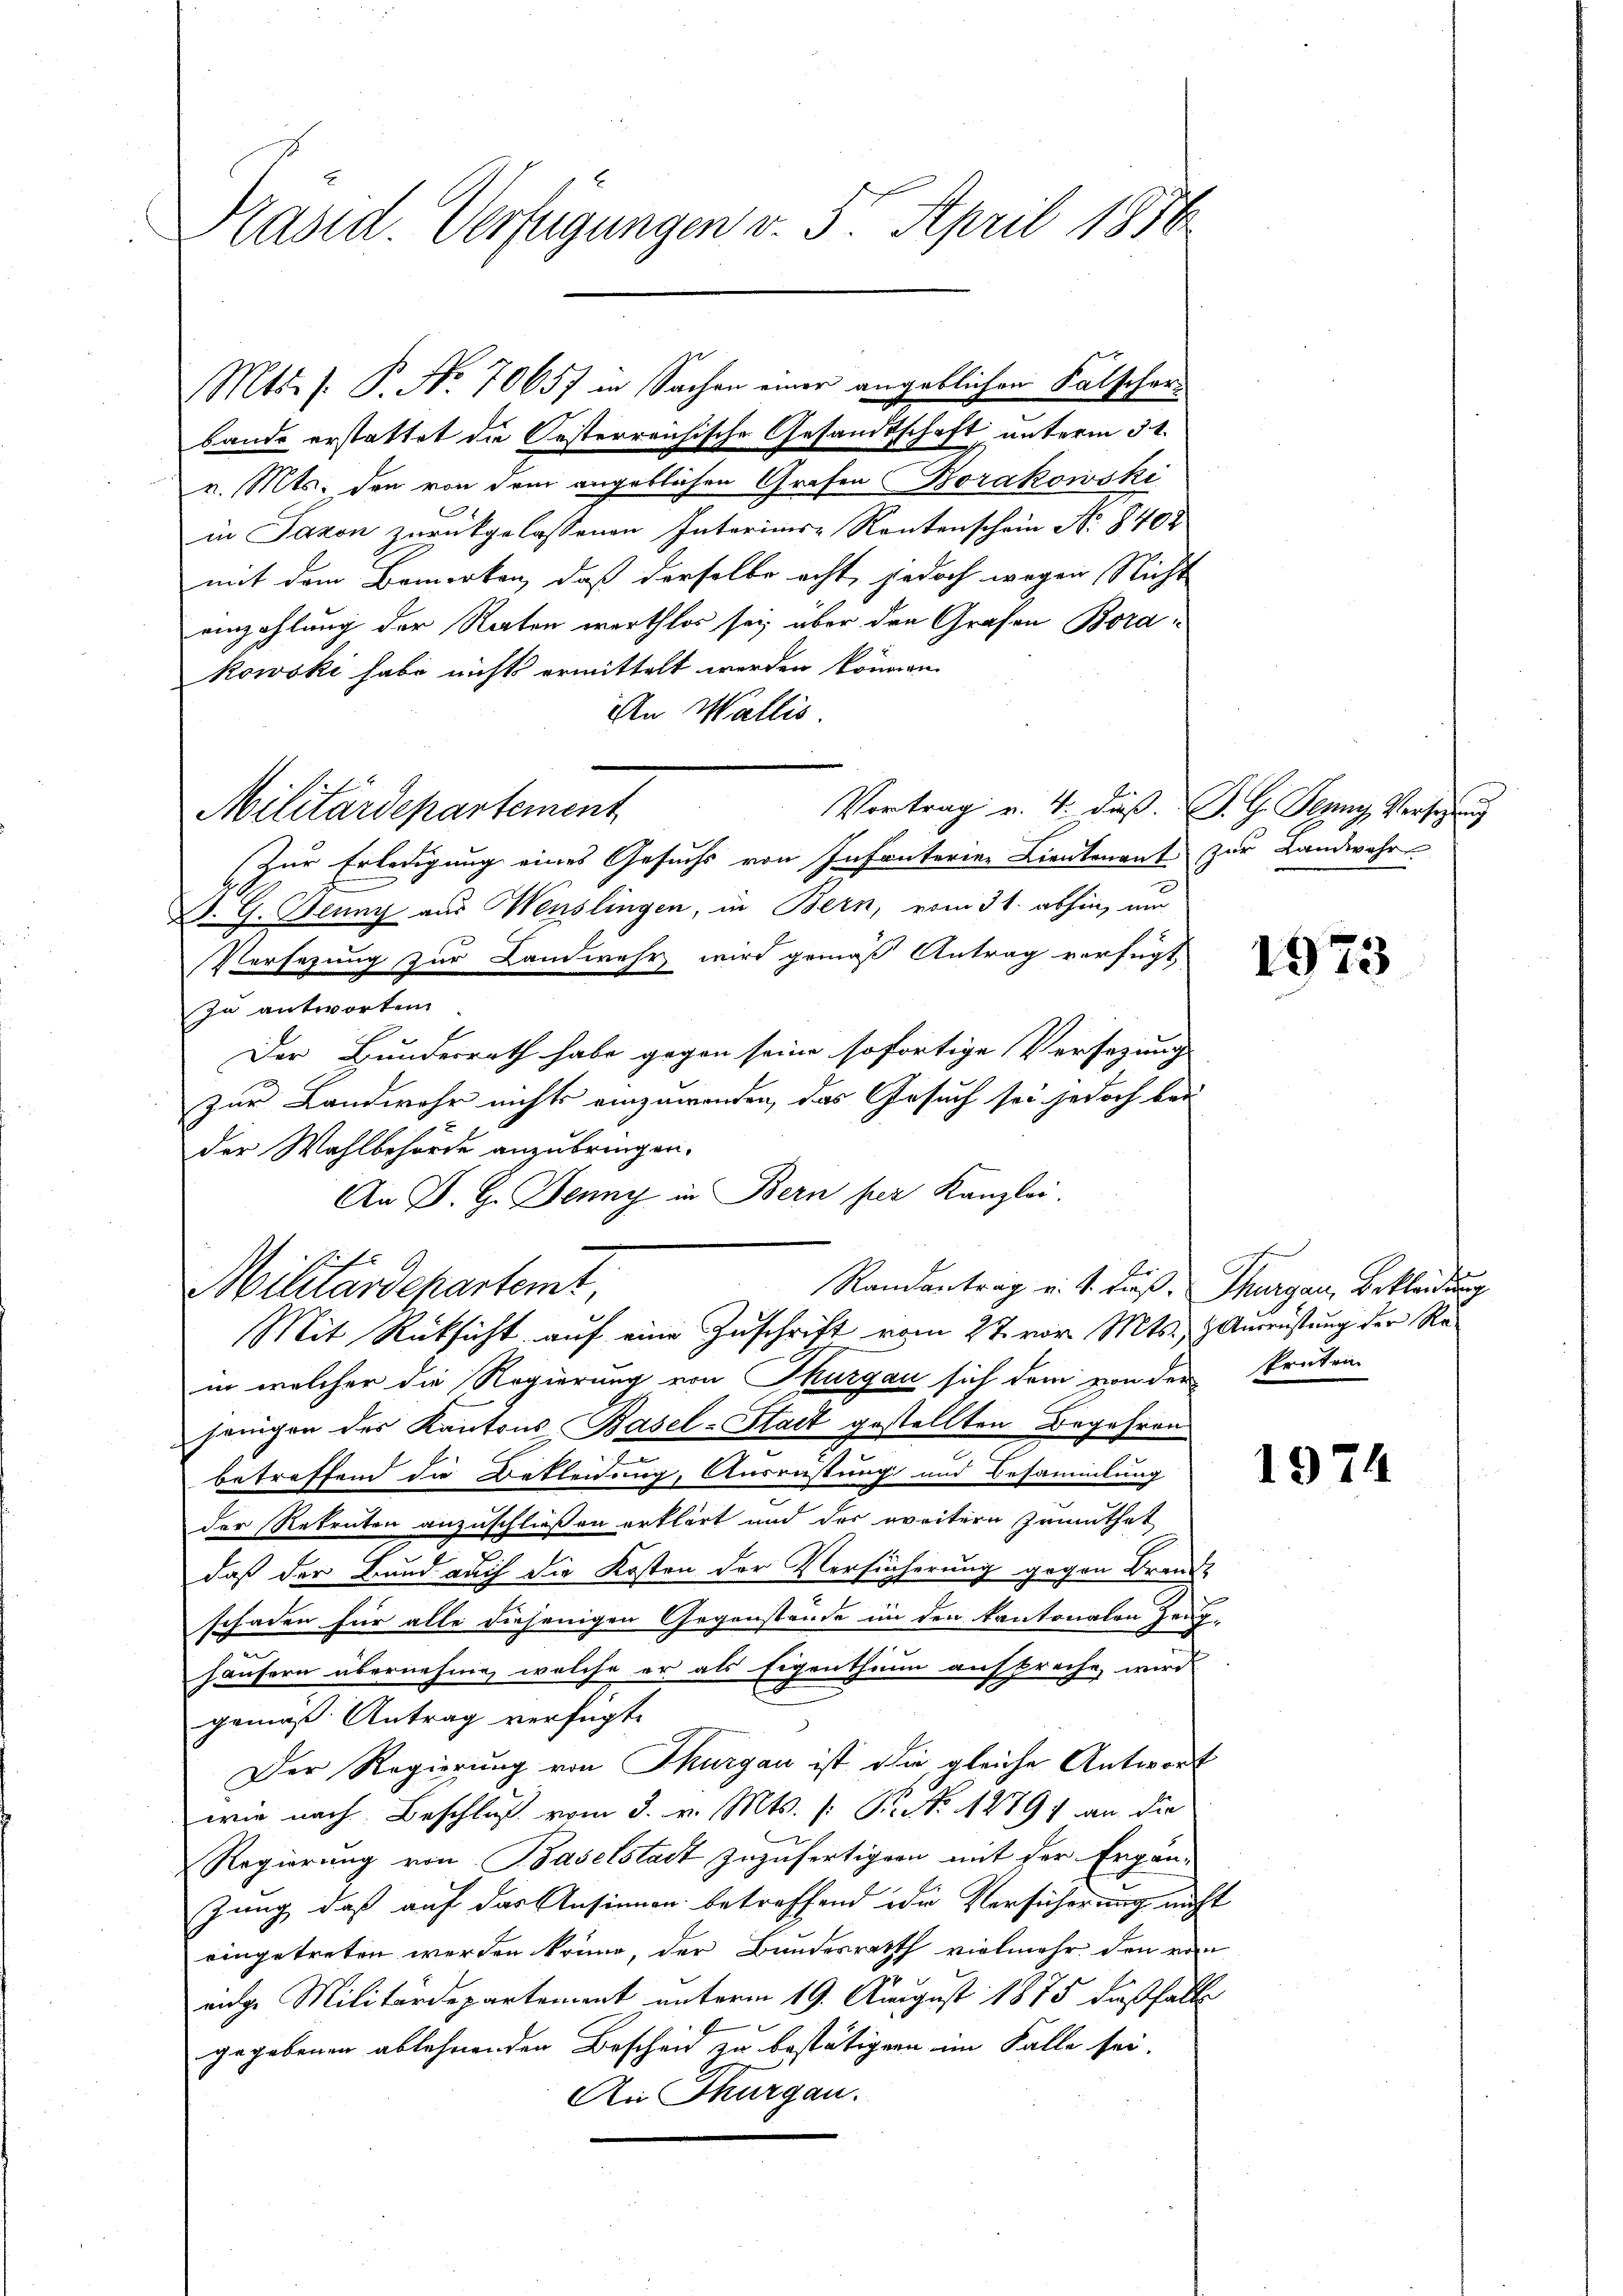
Präsid. Verfügungen v. 5. April 1876

bande erstattet die Oesterreichische Gesandtschaft, unterm 31.
v. Mts., den von dem angeblichen Grafen Borakowski
in Jaron zurückgelassenen Interims-Rentenschein No 840
mit dem Bemerken, daß derselbe acht, jedoch wegen Nicht
einzahlung der Raten werthlos sei, über den Grafen Borakowski habe nichts ermittelt werden können.
An Wallis
Vortrag v. 4. daß J. G. Jenny, Versezung
Militärdepartement
Zur Erledigung eines Gesuchs von Infanterien Lieutenant zur Landwehr
B. G. Jenny aus Wenslingen, in Bern, vom 31. abhin, um
Versezung zur Landwehr wird gemäß Antrag verfügt,
zu antworten
Der Bundesrath habe gegen seine sofortige Versezung
zur Landwehr nichts einzuwenden, das Gesuch sei jedoch bei
der Wahlbehörde anzubringen.
An P. G. Jenny in Bern per Kanzlei.
2fr
Randantrag v. J. dieß. Thurgau, Bekleidung
Militardepartemt,
Mit Rücksicht auf eine Zuschrift vom 27. vor. Mts., Ausrüstung der Rein welcher die Regierung von Thurgau sich dem von der kruten
jenigen der Kantons Basel-Stadt gestellten Begehren
betreffend die Bekleidung, Ausrüstung und Besammlung
der Rekruten anzuschließen erklärt und der weitern Zumuthet
daß der Bund auch die Kosten der Versicherung gegen Brand-
schaden für alle diejenigen Gegenstände in den Kantonalen Zeug¬
.
häusern übernehme, welche er als Eigenthum anspreche, wird
gemäß Antrag verfügt:
Der Regierung von Thurgau ist die gleiche Antwort
wie nach Beschluß vom 3. v. Mts. (: B. No. 1889 an die
Regierung von Baselstadt zuzufertigern mit der Ergän-
zung, daß auf das Ansinnen betreffend die Versicherung nicht
eingetreten werden könne, der Bundesrath vielmehr, den von
enge Militärdepartement unterm 19. August 1875 dißfalls
gegebenen ablehnenden Bescheid zu bestätigern im Falle sei.
An Thurgau.

Mts. f. P. Nr. 70657 in Sachen einer angeblichen Falscher¬

1973

1974